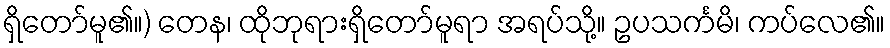
ရှိတော်မူ၏။) တေန၊ ထိုဘုရားရှိတော်မူရာ အရပ်သို့။ ဥပသင်္ကမိ၊ ကပ်လေ၏။